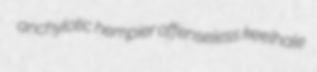
anchylotic hempier offenseless keelhale